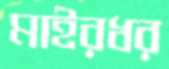
মাইরধর